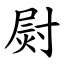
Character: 㷉